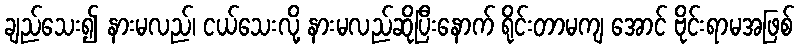
ချည်သေး၍ နားမလည်၊ ငယ်သေးလို့ နားမလည်ဆိုပြီးနောက် ရိုင်းတာမကျ အောင် ဗိုင်းရာမအဖြစ်